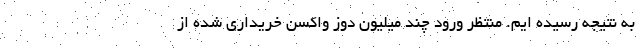
به نتیجه رسیده ایم. منتظر ورود چند میلیون دوز واکسن خریداری شده از